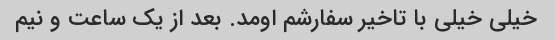
خیلی خیلی با تاخیر سفارشم اومد. بعد از یک ساعت و نیم